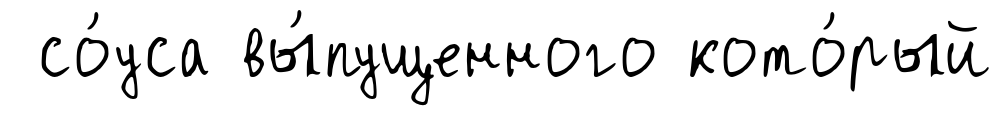
со́уса вы́пущенного кото́рый